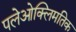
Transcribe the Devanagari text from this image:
पलेओक्लिमतिक